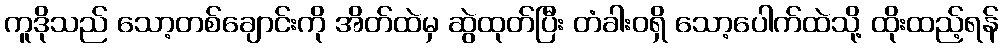
ကူဒိုသည် သော့တစ်ချောင်းကို အိတ်ထဲမှ ဆွဲထုတ်ပြီး တံခါးဝရှိ သော့ပေါက်ထဲသို့ ထိုးထည့်ရန်